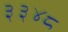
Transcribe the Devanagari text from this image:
३३४८